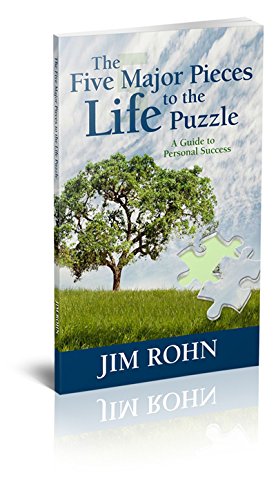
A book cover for Five Major Pieces to the Life Puzzle; Jim Rohn; Health, Fitness & Dieting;